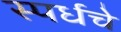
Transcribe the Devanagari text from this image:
स्पर्धचे